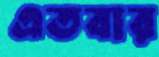
এতবার